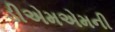
ડીએમએમની